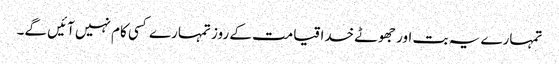
تمہارے یہ بت اور جھوٹے خدا قیامت کے روز تمہارے کسی کام نہیں آئیں گے۔